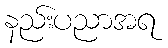
နည်းပညာအရ